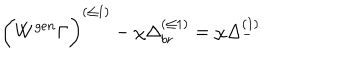
\biggl ( W ^ { g e n } \Gamma \biggr ) ^ { ( \leq 1 ) } - \chi \Delta _ { b r } ^ { ( \leq 1 ) } = \chi \Delta _ { - } ^ { ( 1 ) }